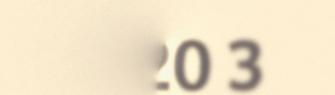
020 3